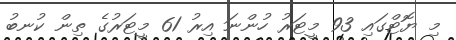
މި ޔޮޓްގައި 93 މީޓަރު ހުންނަ އިރު 61 މީޓަރުގެ ތިން ކުނބު